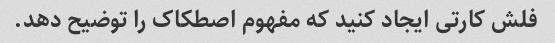
فلش کارتی ایجاد کنید که مفهوم اصطکاک را توضیح دهد.